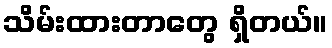
သိမ်းထားတာတွေ ရှိတယ်။